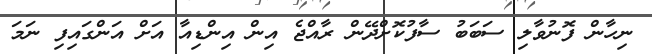
ނިހާން ފޮނުވާލި ސަބަބު ސާފުކޮށްދޭން ރާއްޖެ އިން އިންޑިއާ އަށް އަންގައިފި ނަމަ